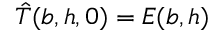
\hat { T } ( b , h , 0 ) = E ( b , h )